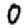
Digit: 0